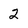
Character: 2